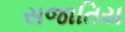
સજાતિય